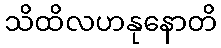
သိထိလဟနုနောတိ